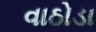
વાઠોડા